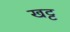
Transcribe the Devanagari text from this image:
खट्ट